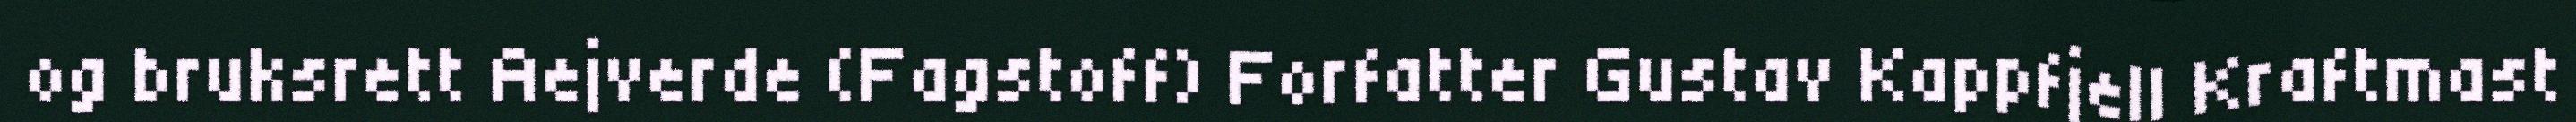
og bruksrett Aejverde (Fagstoff) Forfatter Gustav Kappfjell Kraftmast